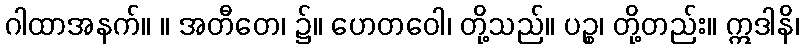
ဂါထာအနက်။ ။ အတီတေ၊ ၌။ ဟေတဝေါ၊ တို့သည်။ ပဉ္စ၊ တို့တည်း။ ဣဒါနိ၊